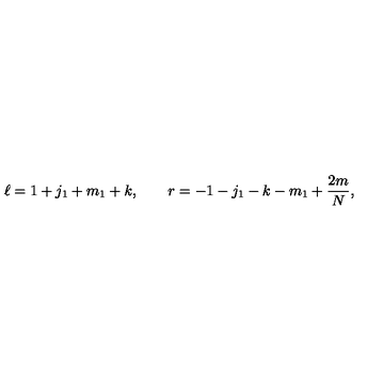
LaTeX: \ell = 1 + j _ { 1 } + m _ { 1 } + k , \qquad r = - 1 - j _ { 1 } - k - m _ { 1 } + { \frac { 2 m } { N } } ,